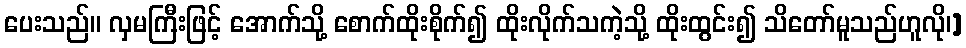
ပေးသည်။ လှမကြီးဖြင့် အောက်သို့ စောက်ထိုးစိုက်၍ ထိုးလိုက်သကဲ့သို့ ထိုးထွင်း၍ သိတော်မူသည်ဟူလို၊]